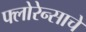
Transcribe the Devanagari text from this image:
फ्लोरेन्साचे